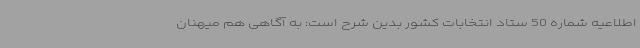
اطلاعیه شماره 50 ستاد انتخابات کشور بدین شرح است: به آگاهی هم میهنان